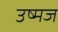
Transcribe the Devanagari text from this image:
उष्मज